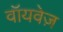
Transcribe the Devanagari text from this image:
वॉयवेज़